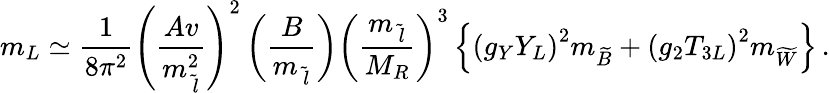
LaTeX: m_{L}\simeq\frac{1}{8\pi^{2}}\left(\frac{Av}{m_{\tilde{\, l}}^{2}}\right)^{2}\left(\frac{B}{m_{\tilde{\, l}}}\right)\left(\frac{m_{\tilde{\, l}}}{M_{R}}\right)^{3}\left\{ \left(g_{Y}Y_{L}\right)^{2}m_{\widetilde{B}}+\left(g_{2}T_{3L}\right)^{2}m_{\widetilde{W}}\right\} \, .